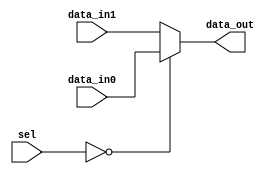
module Mux2to1(data_in0, data_in1, sel, data_out);
	parameter BIT_WIDTH = 32;

	input [BIT_WIDTH - 1 : 0] data_in0;
	input [BIT_WIDTH - 1 : 0] data_in1;
	input [1 : 0] sel;

	output [BIT_WIDTH - 1 : 0] data_out;

	assign data_out = (sel == 0) ? data_in0 : data_in1;


endmodule